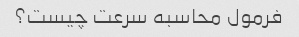
فرمول محاسبه سرعت چیست؟